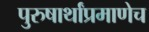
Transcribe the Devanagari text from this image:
पुरुषार्थांप्रमाणेच